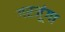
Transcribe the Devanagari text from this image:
गरजूंगा